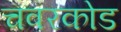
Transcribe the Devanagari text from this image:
चवरकोड